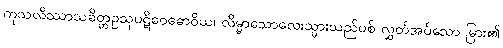
ကုသလိဿာသခိတ္တဥသုပဋိဝေဓောဝိယ၊ လိမ္မာသောလေးသ္မားသည်ပစ် လွှတ်အပ်သော မြား၏